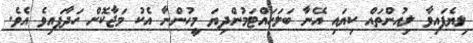
ލިޔެފައިވާ ލިއުންތައް ކިޔައި އޭނާ ބަލަހައްޓަމުންދިޔަ މީހުންނާ އެކު މަޖާކޮށް ހަދާފައިވެ އެވެ.